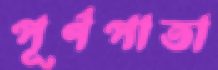
পূর্ণপাতা